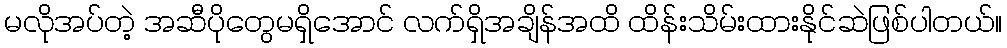
မလိုအပ်တဲ့ အဆီပိုတွေမရှိအောင် လက်ရှိအချိန်အထိ ထိန်းသိမ်းထားနိုင်ဆဲဖြစ်ပါတယ်။